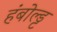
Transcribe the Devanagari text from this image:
हंबोल्ड्ट